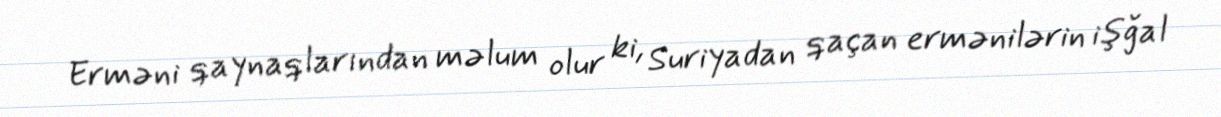
Erməni qaynaqlarından məlum olur ki, Suriyadan qaçan ermənilərin işğal